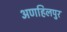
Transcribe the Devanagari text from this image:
अणहिलपुर